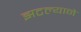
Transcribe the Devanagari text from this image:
झटल्याने